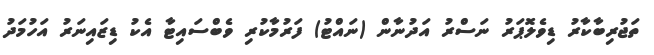
ތަޖުރިބާކާރު ޑިވެލޮޕަރު ނަސްރު އަދުނާން (ނައްޓު) ފަރުމާކުރި ވެބްސައިޓާ އެކު ޑިޒައިނަރު އަހުމަދު